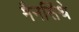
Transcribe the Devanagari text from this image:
मैनसिंथे